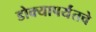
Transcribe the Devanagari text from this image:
डोक्यापर्यंतचे